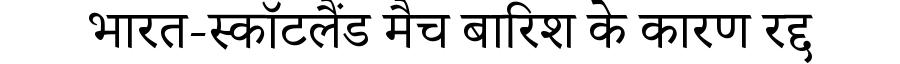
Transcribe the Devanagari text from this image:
भारत-स्कॉटलैंड मैच बारिश के कारण रद्द